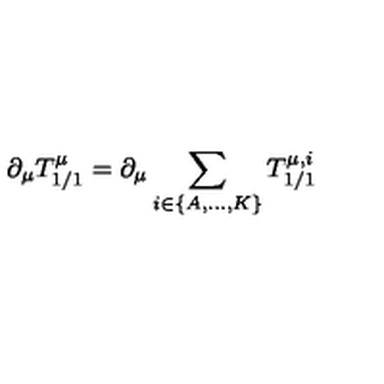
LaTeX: \partial _ { \mu } T _ { 1 / 1 } ^ { \mu } = \partial _ { \mu } \sum _ { i \in \{ A , \ldots , K \} } T _ { 1 / 1 } ^ { \mu , i }